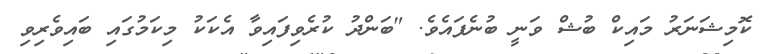
ކޮމިޝަނަރު މައިކް ބުޝް ވަނީ ބުނެފައެވެ. "ބަންދު ކުރެވިފައިވާ އެކަކު މިކަމުގައި ބައިވެރިވި